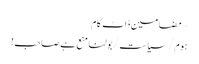
~ مضامین ڈاٹ کام
ہوم/سیاست/بولنا منع ہے صاحب!